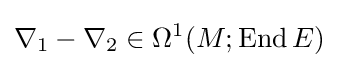
\nabla _{1}-\nabla _{2}\in \Omega ^{1}(M;\mathrm {End} \,E)